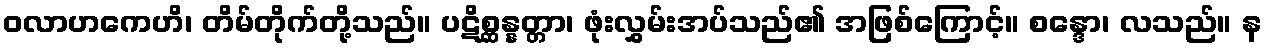
ဝလာဟကေဟိ၊ တိမ်တိုက်တို့သည်။ ပဋိစ္ဆန္နတ္တာ၊ ဖုံးလွှမ်းအပ်သည်၏ အဖြစ်ကြောင့်။ စန္ဒော၊ လသည်။ န